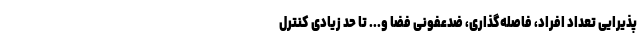
پذیرایی تعداد افراد، فاصله‌گذاری، ضدعفونی فضا و... تا حد زیادی کنترل